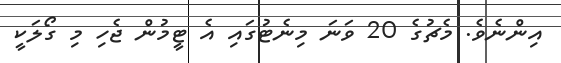
އިންނެވެ. މެޗުގެ 20 ވަނަ މިނެޓުގައި އެ ޓީމުން ޖެހި މި ގޯލަކީ